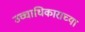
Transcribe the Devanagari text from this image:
उच्चाधिकाराच्या